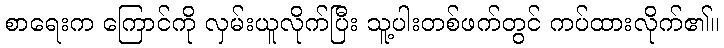
စာရေးက ကြောင်ကို လှမ်းယူလိုက်ပြီး သူ့ပါးတစ်ဖက်တွင် ကပ်ထားလိုက်၏။